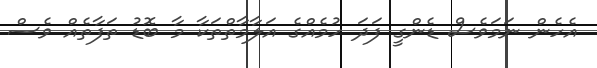
އެހެން ނަމަވެސް ޑެންގީ ފަދަ ހުމެއްގެ އަލާމާތްތަކާ މާ ބޮޑު ތަފާތެއް ވެސް